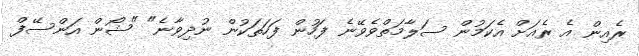
ރެއިން އެ ރެއަށް އެކަމުން ސަލާމަތްވެވޭނެ ފަހުން ފަހަތަކުން ނުދިވާނެ" "ޝޯން އަންސޭފް